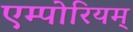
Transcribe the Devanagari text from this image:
एम्पोरियम्